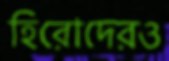
হিরোদেরও